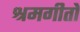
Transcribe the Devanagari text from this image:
श्रमगीतों